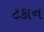
ટકાન